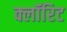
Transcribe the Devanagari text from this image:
क्लॉरिट